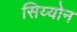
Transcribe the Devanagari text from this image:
सिय्योन